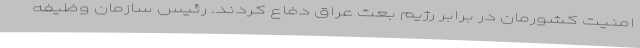
امنیت کشورمان در برابر رژیم بعث عراق دفاع کردند. رئیس سازمان وظیفه